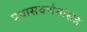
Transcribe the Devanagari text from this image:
प्रवासवर्णनांसह